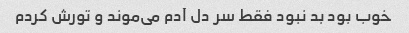
خوب بود بد نبود فقط سر دل آدم می‌موند و تورش کردم